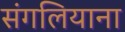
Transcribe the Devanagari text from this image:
संगलियाना